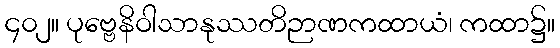
၄၀၂။ ပုဗ္ဗေနိဝါသာနုဿတိဉာဏကထာယံ၊ ကထာ၌။